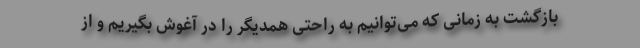
بازگشت به زمانی که می‌توانیم به راحتی همدیگر را در آغوش بگیریم و از